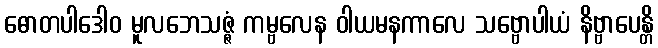
ဓောတပါဒေါဝ မူလဘေသဇ္ဇံ ကမ္ဗလေန ဝါယမနကာလေ သဗ္ဗောပါယံ နိဗ္ဗာပေန္တိ